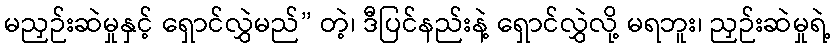
မညှဉ်းဆဲမှုနှင့် ရှောင်လွှဲမည်” တဲ့၊ ဒီပြင်နည်းနဲ့ ရှောင်လွှဲလို့ မရဘူး၊ ညှဉ်းဆဲမှုရဲ့